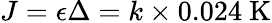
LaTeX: J=\epsilon\Delta=k\times 0.024~\mathrm{K}